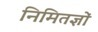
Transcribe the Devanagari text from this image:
निमितज्ञों